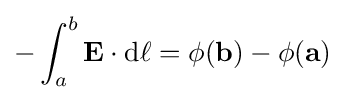
-\int _{a}^{b}{\mathbf {E} \cdot \mathrm {d} \mathbf {\ell } }=\phi (\mathbf {b} )-\phi (\mathbf {a} )